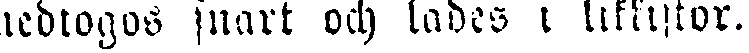
nedtogos snart och lades i likkistor,